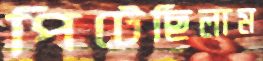
পিটেছিলাম